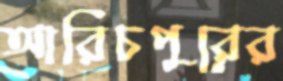
আরিচপুরের